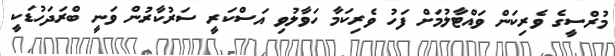
މުރްސީގެ ވެރިކަން ވައްޓާލުމަށް ފަހު ވެެރިކަމާ ހަވާލުވި އަސްކަރީ ސަރުކާރުން ވަނީ ބްރަދަހުޑަކީ